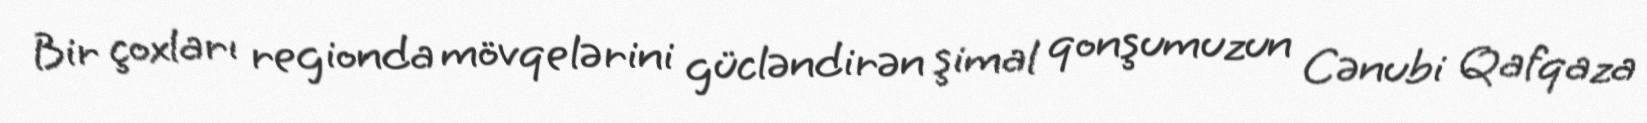
Bir çoxları regionda mövqelərini gücləndirən şimal qonşumuzun Cənubi Qafqaza